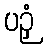
ပဉှံ